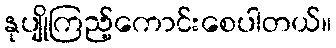
နုပျိုကြည့်ကောင်းစေပါတယ်။